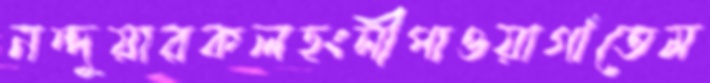
নন্দুয়ারকলহংসীপাওয়াগাঁতেম